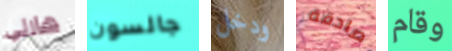
هارلي جالسون ودخل صادقة وقام